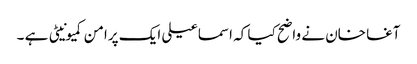
آغا خان نے واضح کیا کہ اسماعیلی ایک پرامن کمیونیٹی ہے ۔